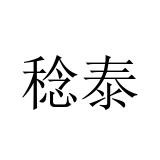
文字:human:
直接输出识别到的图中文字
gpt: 稔泰